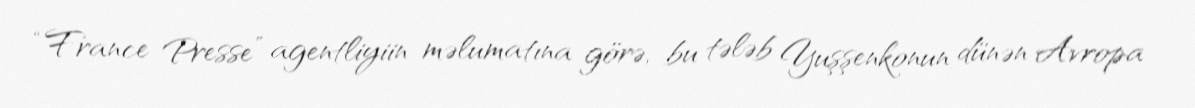
“France Presse” agentliyiin məlumatına görə, bu tələb Yuşşenkonun dünən Avropa